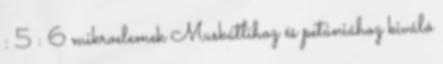
: 5 : 6 mikroelemek Muskátlihoz és petúniához kiváló